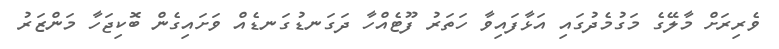
ވެރިރަށް މާލޭގެ މަގުމެދުގައި އަޅާފައިވާ ހަތަރު ފޫޓެއްހާ ދަގަނޑުގަނޑެއް ވަށައިގެން ބޮކިޖަހާ މަންޒަރު